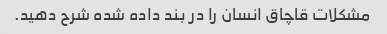
مشکلات قاچاق انسان را در بند داده شده شرح دهید.